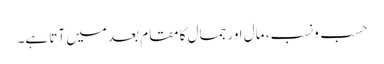
حسب ونسب، مال اور جمال کا مقام بعد میں آتا ہے۔